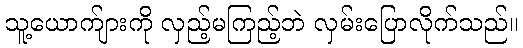
သူ့ယောက်ျားကို လှည့်မကြည့်ဘဲ လှမ်းပြောလိုက်သည်။